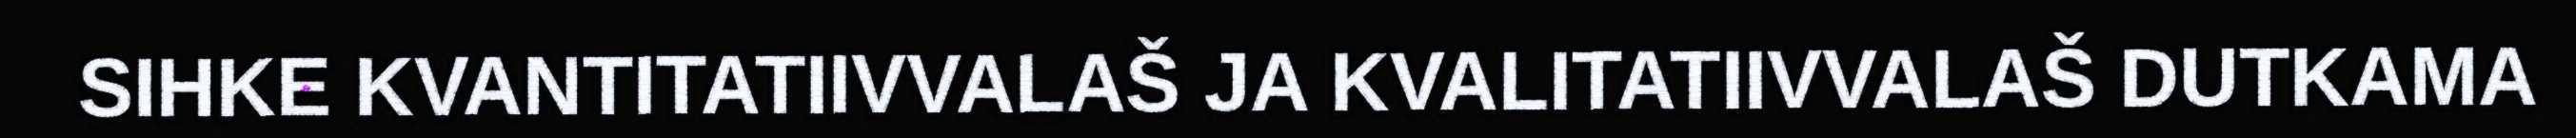
SIHKE KVANTITATIIVVALAŠ JA KVALITATIIVVALAŠ DUTKAMA